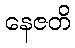
နေဇတိ